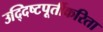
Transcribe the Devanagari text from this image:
उद्‍दिष्टपूर्तीकरिता